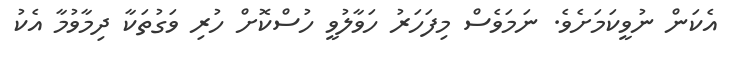
އެކަން ނުވީކަމަށެވެ. ނަމަވެސް މިފަހަރު ހަވާލުވީ ހުސްކޮށް ހުރި ވަގުތަކާ ދިމާވުމާ އެކު